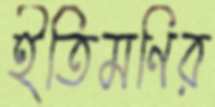
ইতিমণির